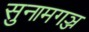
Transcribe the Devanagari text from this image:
सुनामगञ्ज